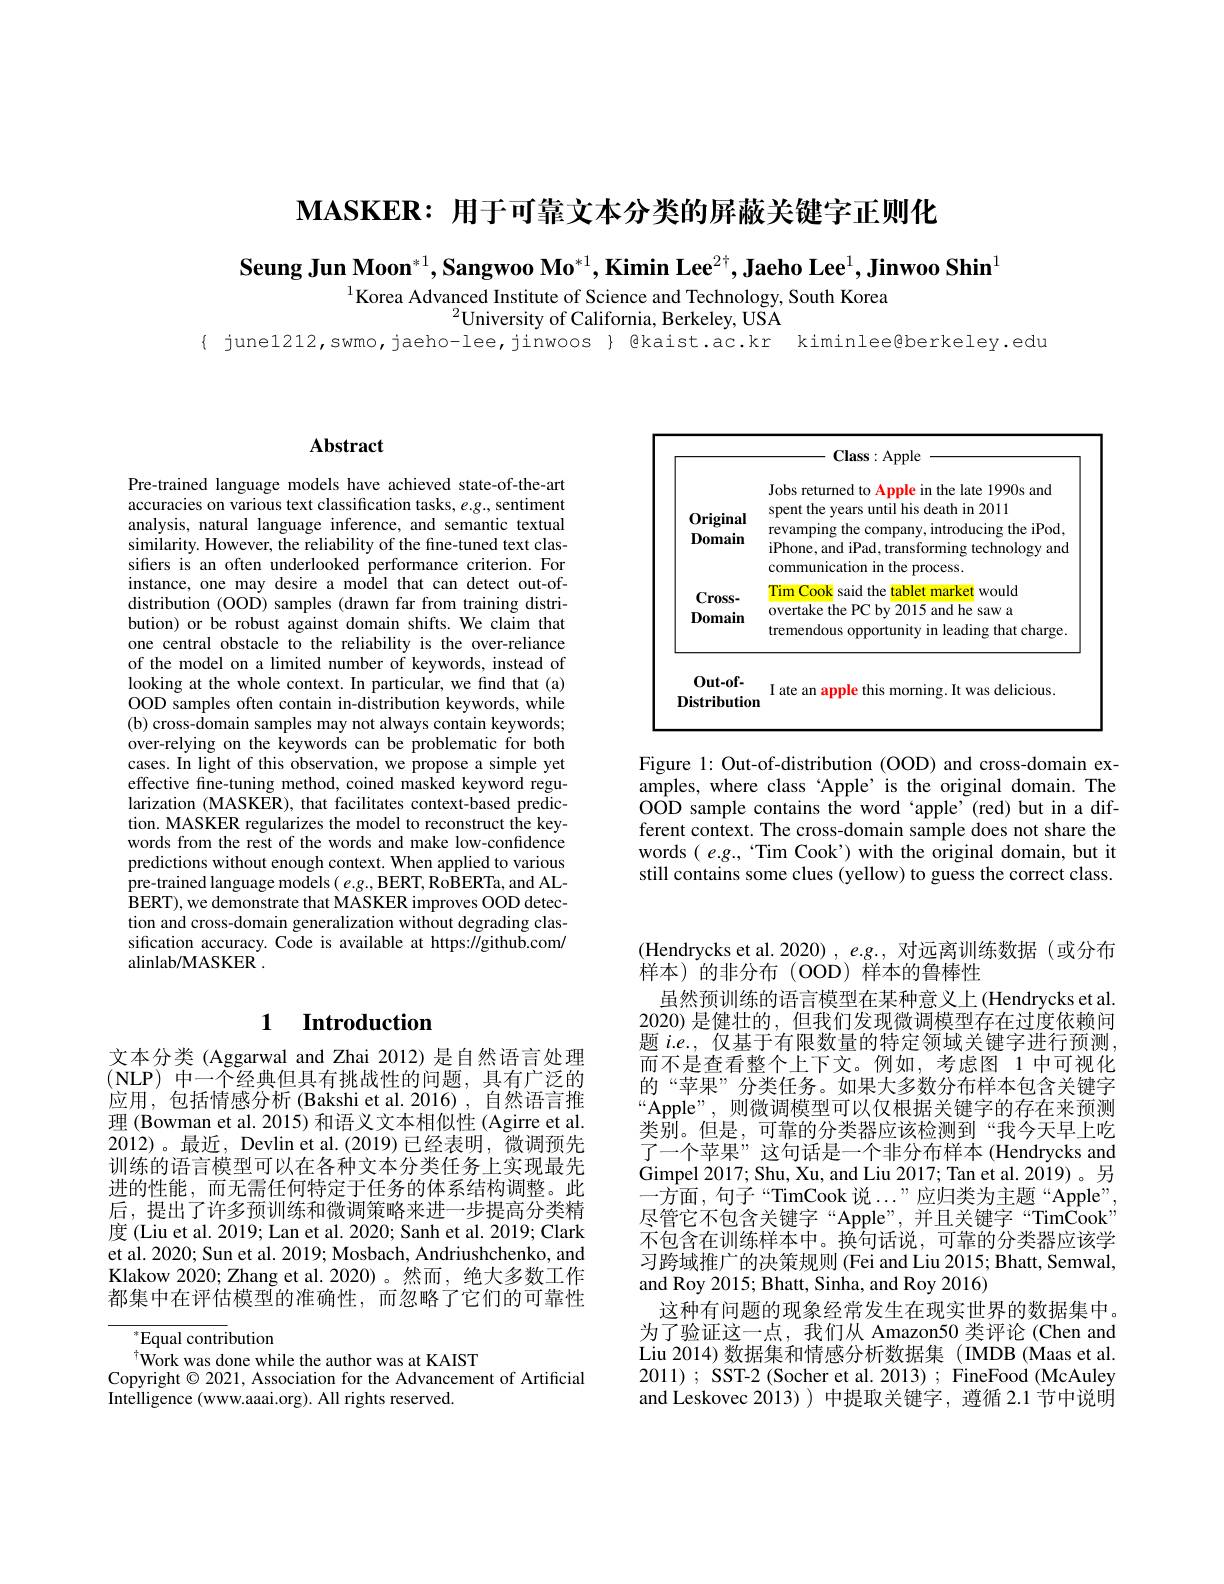
$\mathbf{MASKER:}$用于可靠文本分类的屏蔽关键字正则化

$\textbf{Seung Jun Moon}^{*1},\textbf{Sangwoo Mo}^{*1},\textbf{Kimin Lee}^{2\dagger},\textbf{Jaeho Lee}^{1},\textbf{Jinwoo Shin}^{1}$

$^{1}$Korea Advanced Institute of Science and Technology, South Korea
$^{2}$University of California, Berkeley, USA

{ june1212,swmo,jaeho-lee,jinwoos } @kaist.ac.kr kiminlee@berkeley.edu

## Abstract

Pre-trained language models have achieved state-of-the-art accuracies on various text classification tasks, e.g., sentiment analysis, natural language inference, and semantic textual similarity. However, the reliability of the fine-tuned text classifers is an often underlooked performance criterion. For instance, one may desire a model that can detect out-ofdistribution (OOD) samples (drawn far from training distribution) or be robust against domain shifts. We claim that one central obstacle to the reliability is the over-reliance of the model on a limited number of keywords, instead of looking at the whole context. In particular, we find that (a) OOD samples often contain in-distribution keywords, while (b) cross-domain samples may not always contain keywords; over-relying on the keywords can be problematic for both cases. In light of this observation, we propose a simple yet effective fine-tuning method, coined masked keyword regularization (MASKER), that facilitates context-based prediction. MASKER regularizes the model to reconstruct the keywords from the rest of the words and make low-confidence predictions without enough context. When applied to various pre-trained language models $( e. g. $,BERT,RoBERTa,and AL- BERT), we demonstrate that MASKER improves OOD detection and cross-domain generalization without degrading classification accuracy. Code is available at https://github.com/ alinlab/MASKER .

## 1 $\textbf{Introduction}$

文本分类 (Aggarwal and Zhai 2012) 是自然语言处理(NLP)中一个经典但具有挑战性的问题，具有广泛的应用，包括情感分析(Bakshi et al.2016),自然语言推理 (Bowman et al. 2015) 和语义文本相似性 (Agirre et al. 2012)。最近，Devlin et al.(2019)已经表明，微调预先训练的语言模型可以在各种文本分类任务上实现最先进的性能，而无需任何特定于任务的体系结构调整。此后，提出了许多预训练和微调策略来进一步提高分类精度(Liu et al. 2019; Lan et al. 2020; Sanh et al. 2019; Clark et al. 2020; Sun et al. 2019; Mosbach, Andriushchenko, and Klakow 2020; Zhang et al. 2020)。然而，绝大多数工作都集中在评估模型的准确性，而忽略了它们的可靠性

$^*$Equal contribution
$^{\dagger}$Work was done while the author was at KAIST
Copyright $\odot2021$, Association for the Advancement of Artificial
Intelligence (www.aaai.org). All rights reserved.

<table>
	<tbody>
		<tr>
			<td>0riginal Domain</td>
			<td>Jobs returned to Apple in the late 1990s and spent the years until his death in 2011 revamping the company, introducing the iPod, iPhone, and iPad, transforming technology and communication in the process.</td>
		</tr>
		<tr>
			<td>$0ut-0f-$ Distribution</td>
			<td>I ate an apple this morning. It was delicious.</td>
		</tr>
	</tbody>
</table>

Figure 1: Out-of-distribution (OOD) and cross-domain examples, where class‘Apple’is the original domain. The OOD sample contains the word`apple'(red)but in a different context. The cross-domain sample does not share the words $(e.g.$, Tim Cook') with the original domain, but it still contains some clues (yellow) to guess the correct class.

(Hendrycks et al. 2020), e.g., 对远离训练数据 (或分布
样本)的非分布(OOD)样本的鲁棒性
虽然预训练的语言模型在某种意义上(Hendrycks et al. 2020) 是健壮的，但我们发现微调模型存在过度依赖问题$i.e.$,仅基于有限数量的特定领域关键字进行预测， 而不是查看整个上下文。例如，考虑图 1 中可视化的“苹果”分类任务。如果大多数分布样本包含关键字“Apple”,则微调模型可以仅根据关键字的存在来预测类别。但是，可靠的分类器应该检测到“我今天早上吃了一个苹果”这句话是一个非分布样本 (Hendrycks and Gimpel 2017; Shu, Xu, and Liu 2017; Tan et al. 2019)。另$\dot{\text{一方面，句子“TimCook 说...”应归类为主题“Apple”}}$, 尽管它不包含关键字“Apple”,并且关键字“TimCook” 不包含在训练样本中。换句话说，可靠的分类器应该学习跨域推广的决策规则 (Fei and Liu 2015; Bhatt, Semwal, and Roy 2015; Bhatt, Sinha, and Roy 2016)
这种有问题的现象经常发生在现实世界的数据集中。为了验证这一点，我们从 Amazon50 类评论(Chen and Liu 2014) 数据集和情感分析数据集 (IMDB (Maas et al. 2011) ; SST- 2 (Socher et al. 2013) ; FineFood (McAuley and Leskovec 2013) ) 中提取关键字，遵循 2.1 节中说明